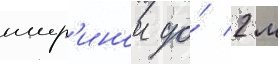
шир'инои до́ 2 м